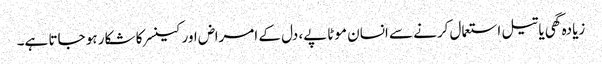
زیادہ گھی یا تیل استعمال کرنے سے انسان موٹاپے، دل کے امراض اور کینسر کا شکار ہو جاتا ہے۔